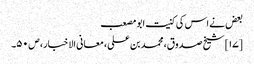
بعض نے اس کی کنیت ابو مصعب
[۱۷] شیخ صدوق، محمد بن علی، معانی الاخبار، ص ۵۰۔